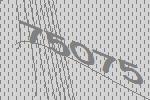
75075